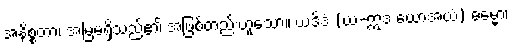
အနိစ္စတာ၊ အမြဲမရှိသည်၏ အဖြစ်တည်းဟူသော။ ယဒိဒံ (ယံ-ဣဒံ ယောအယံ) ဓမ္မော၊